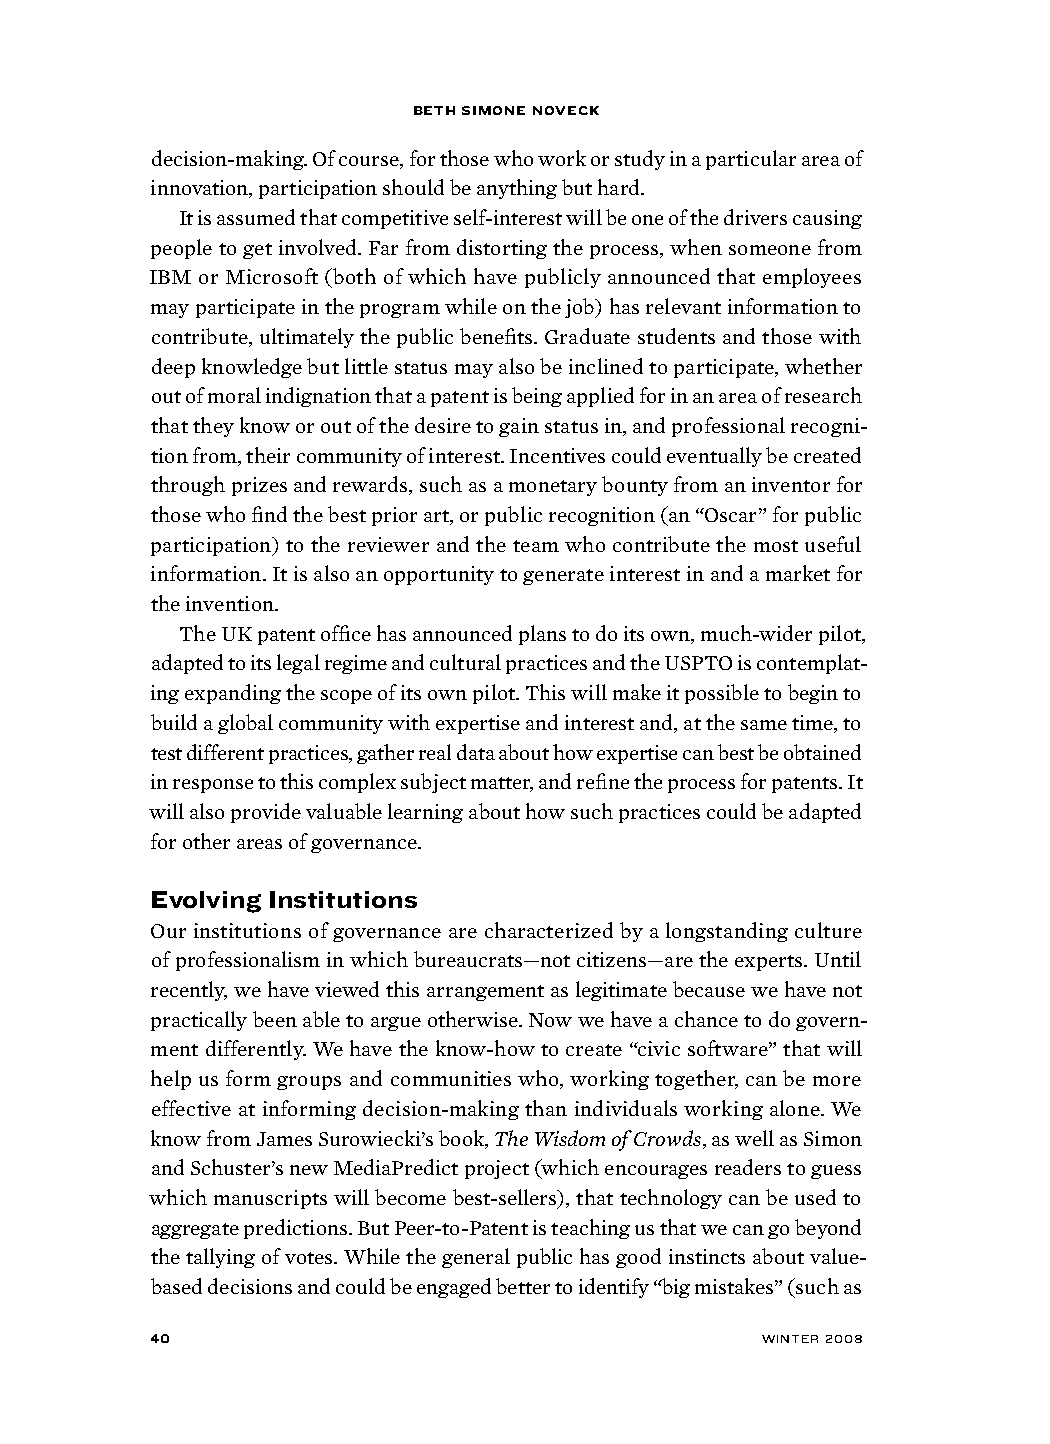
Beth simone noveck
 decision-making. Of course, for those who work or study in a particular area of
 innovation, participation should be anything but hard.
 It is assumed that competitive self-interest will be one of the drivers causing
 people to get involved. Far from distorting the process, when someone from
 IBM or Microsoft (both of which have publicly announced that employees
 may participate in the program while on the job) has relevant information to
 contribute, ultimately the public benefits. Graduate students and those with
 deep knowledge but little status may also be inclined to participate, whether
 out of moral indignation that a patent is being applied for in an area of research
 that they know or out of the desire to gain status in, and professional recogni-
 tion from, their community of interest. Incentives could eventually be created
 through prizes and rewards, such as a monetary bounty from an inventor for
 those who find the best prior art, or public recognition (an “Oscar” for public
 participation) to the reviewer and the team who contribute the most useful
 information. It is also an opportunity to generate interest in and a market for
 the invention.
 The UK patent office has announced plans to do its own, much-wider pilot,
 adapted to its legal regime and cultural practices and the USPTO is contemplat-
 ing expanding the scope of its own pilot. This will make it possible to begin to
 build a global community with expertise and interest and, at the same time, to
 test different practices, gather real data about how expertise can best be obtained
 in response to this complex subject matter, and refine the process for patents. It
 will also provide valuable learning about how such practices could be adapted
 for other areas of governance.
 evolving institutions
 Our institutions of governance are characterized by a longstanding culture
 of professionalism in which bureaucrats—not citizens—are the experts. Until
 recently, we have viewed this arrangement as legitimate because we have not
 practically been able to argue otherwise. Now we have a chance to do govern-
 ment differently. We have the know-how to create “civic software” that will
 help us form groups and communities who, working together, can be more
 effective at informing decision-making than individuals working alone. We
 know from James Surowiecki’s book, The Wisdom of Crowds, as well as Simon
 and Schuster’s new MediaPredict project (which encourages readers to guess
 which manuscripts will become best-sellers), that technology can be used to
 aggregate predictions. But Peer-to-Patent is teaching us that we can go beyond
 the tallying of votes. While the general public has good instincts about value-
 based decisions and could be engaged better to identify “big mistakes” (such as
 40                                     winter 2008